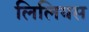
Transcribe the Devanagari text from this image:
लिलियस